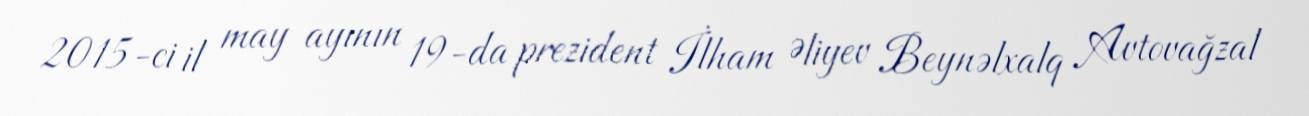
2015-ci il may ayının 19-da prezident İlham Əliyev Beynəlxalq Avtovağzal